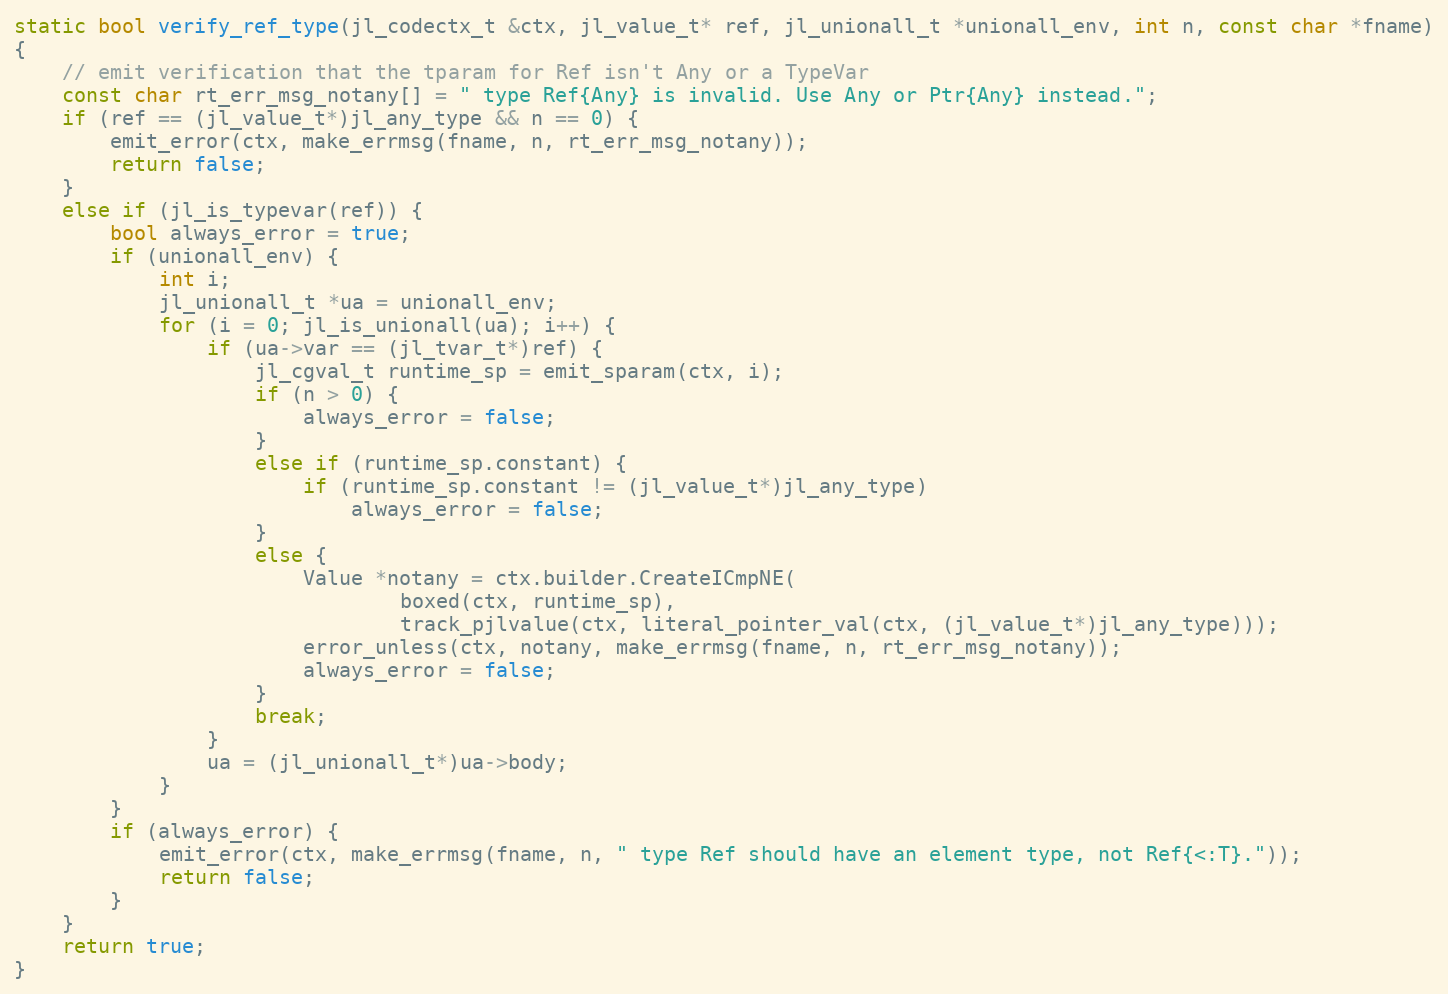
Language: C++
static bool verify_ref_type(jl_codectx_t &ctx, jl_value_t* ref, jl_unionall_t *unionall_env, int n, const char *fname)
{
    // emit verification that the tparam for Ref isn't Any or a TypeVar
    const char rt_err_msg_notany[] = " type Ref{Any} is invalid. Use Any or Ptr{Any} instead.";
    if (ref == (jl_value_t*)jl_any_type && n == 0) {
        emit_error(ctx, make_errmsg(fname, n, rt_err_msg_notany));
        return false;
    }
    else if (jl_is_typevar(ref)) {
        bool always_error = true;
        if (unionall_env) {
            int i;
            jl_unionall_t *ua = unionall_env;
            for (i = 0; jl_is_unionall(ua); i++) {
                if (ua->var == (jl_tvar_t*)ref) {
                    jl_cgval_t runtime_sp = emit_sparam(ctx, i);
                    if (n > 0) {
                        always_error = false;
                    }
                    else if (runtime_sp.constant) {
                        if (runtime_sp.constant != (jl_value_t*)jl_any_type)
                            always_error = false;
                    }
                    else {
                        Value *notany = ctx.builder.CreateICmpNE(
                                boxed(ctx, runtime_sp),
                                track_pjlvalue(ctx, literal_pointer_val(ctx, (jl_value_t*)jl_any_type)));
                        error_unless(ctx, notany, make_errmsg(fname, n, rt_err_msg_notany));
                        always_error = false;
                    }
                    break;
                }
                ua = (jl_unionall_t*)ua->body;
            }
        }
        if (always_error) {
            emit_error(ctx, make_errmsg(fname, n, " type Ref should have an element type, not Ref{<:T}."));
            return false;
        }
    }
    return true;
}